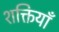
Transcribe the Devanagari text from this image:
शक्तियॉं